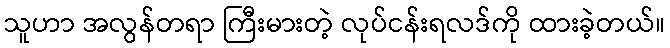
သူဟာ အလွန်တရာ ကြီးမားတဲ့ လုပ်ငန်းရလဒ်ကို ထားခဲ့တယ်။